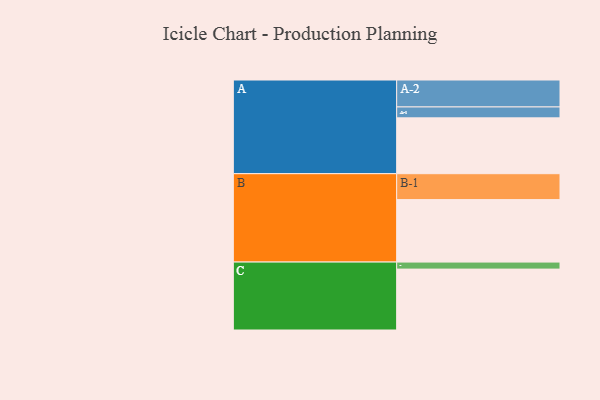
{"axis": {"x": "Segment", "y": "Value"}, "legend": ["", "A", "B", "C"], "data": [{"x": "A", "y": 429, "type": ""}, {"x": "B", "y": 480, "type": ""}, {"x": "C", "y": 468, "type": ""}, {"x": "A-1", "y": 84, "type": "A"}, {"x": "A-2", "y": 207, "type": "A"}, {"x": "B-1", "y": 199, "type": "B"}, {"x": "C-1", "y": 54, "type": "C"}]}